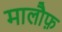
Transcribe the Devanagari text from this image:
मालौफ़